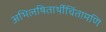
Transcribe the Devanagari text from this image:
अभिलषितार्थीचिंतामणि